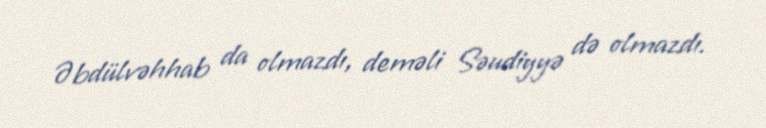
Əbdülvəhhab da olmazdı, deməli Səudiyyə də olmazdı.